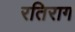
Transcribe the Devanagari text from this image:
रतिराग